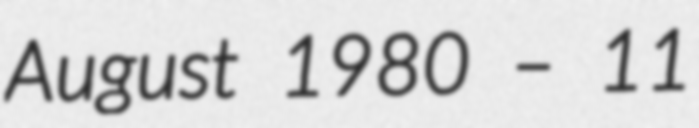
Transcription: August 1980 – 11